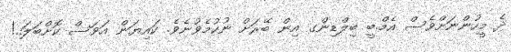
ދެ މީހުންނަށްވެސް އެމް.ބީ ބިލްޑިންގ އިން ބޭރަށް ނުކުމެވުނެވެ. ކައިޔަން އަވަސް ކޮށްބަލަ..!